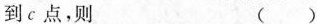
到c点，则 ()